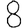
Digit: 8